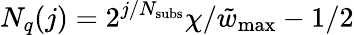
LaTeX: N_{q}(j)=2^{j/N_{\mathrm{subs}}}\chi/\tilde{w}_{\mathrm{max}}-1/2